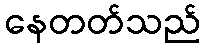
နေတတ်သည်